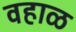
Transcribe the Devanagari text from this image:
वहाळ